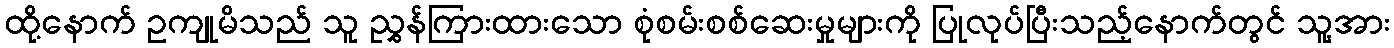
ထို့နောက် ဥကျုမိသည် သူ ညွှန်ကြားထားသော စုံစမ်းစစ်ဆေးမှုများကို ပြုလုပ်ပြီးသည့်နောက်တွင် သူ့အား